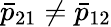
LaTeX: \bar{p}_{21}\neq\bar{p}_{12}